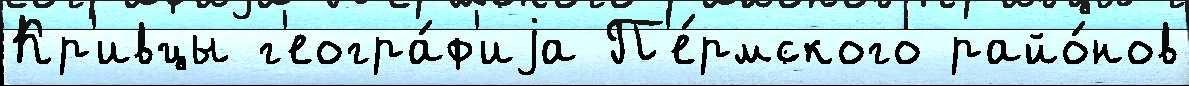
Кр'ивцы г'еогра́ф'иjа П'е́рмского райо́нов